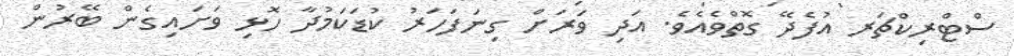
ސްޓްރިކްޗަރ އުފެދޭ ގޮތްވެއެވެ. އަދި ވަރަށް ގިނަފަހަރު ކުޑަކަމުދާ ހޮޅި ވަށައިގެން ބޭރުން